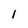
Character: l